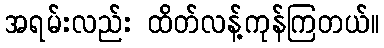
အရမ်းလည်း ထိတ်လန့်ကုန်ကြတယ်။